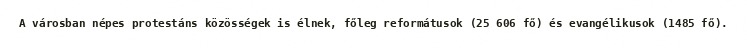
A városban népes protestáns közösségek is élnek, főleg reformátusok (25 606 fő) és evangélikusok (1485 fő).